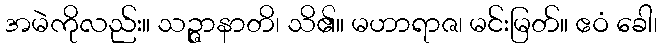
အမဲကိုလည်း။ သဉ္ဇာနာတိ၊ သိ၏။ မဟာရာဇ၊ မင်းမြတ်။ ဧဝံ ခေါ၊